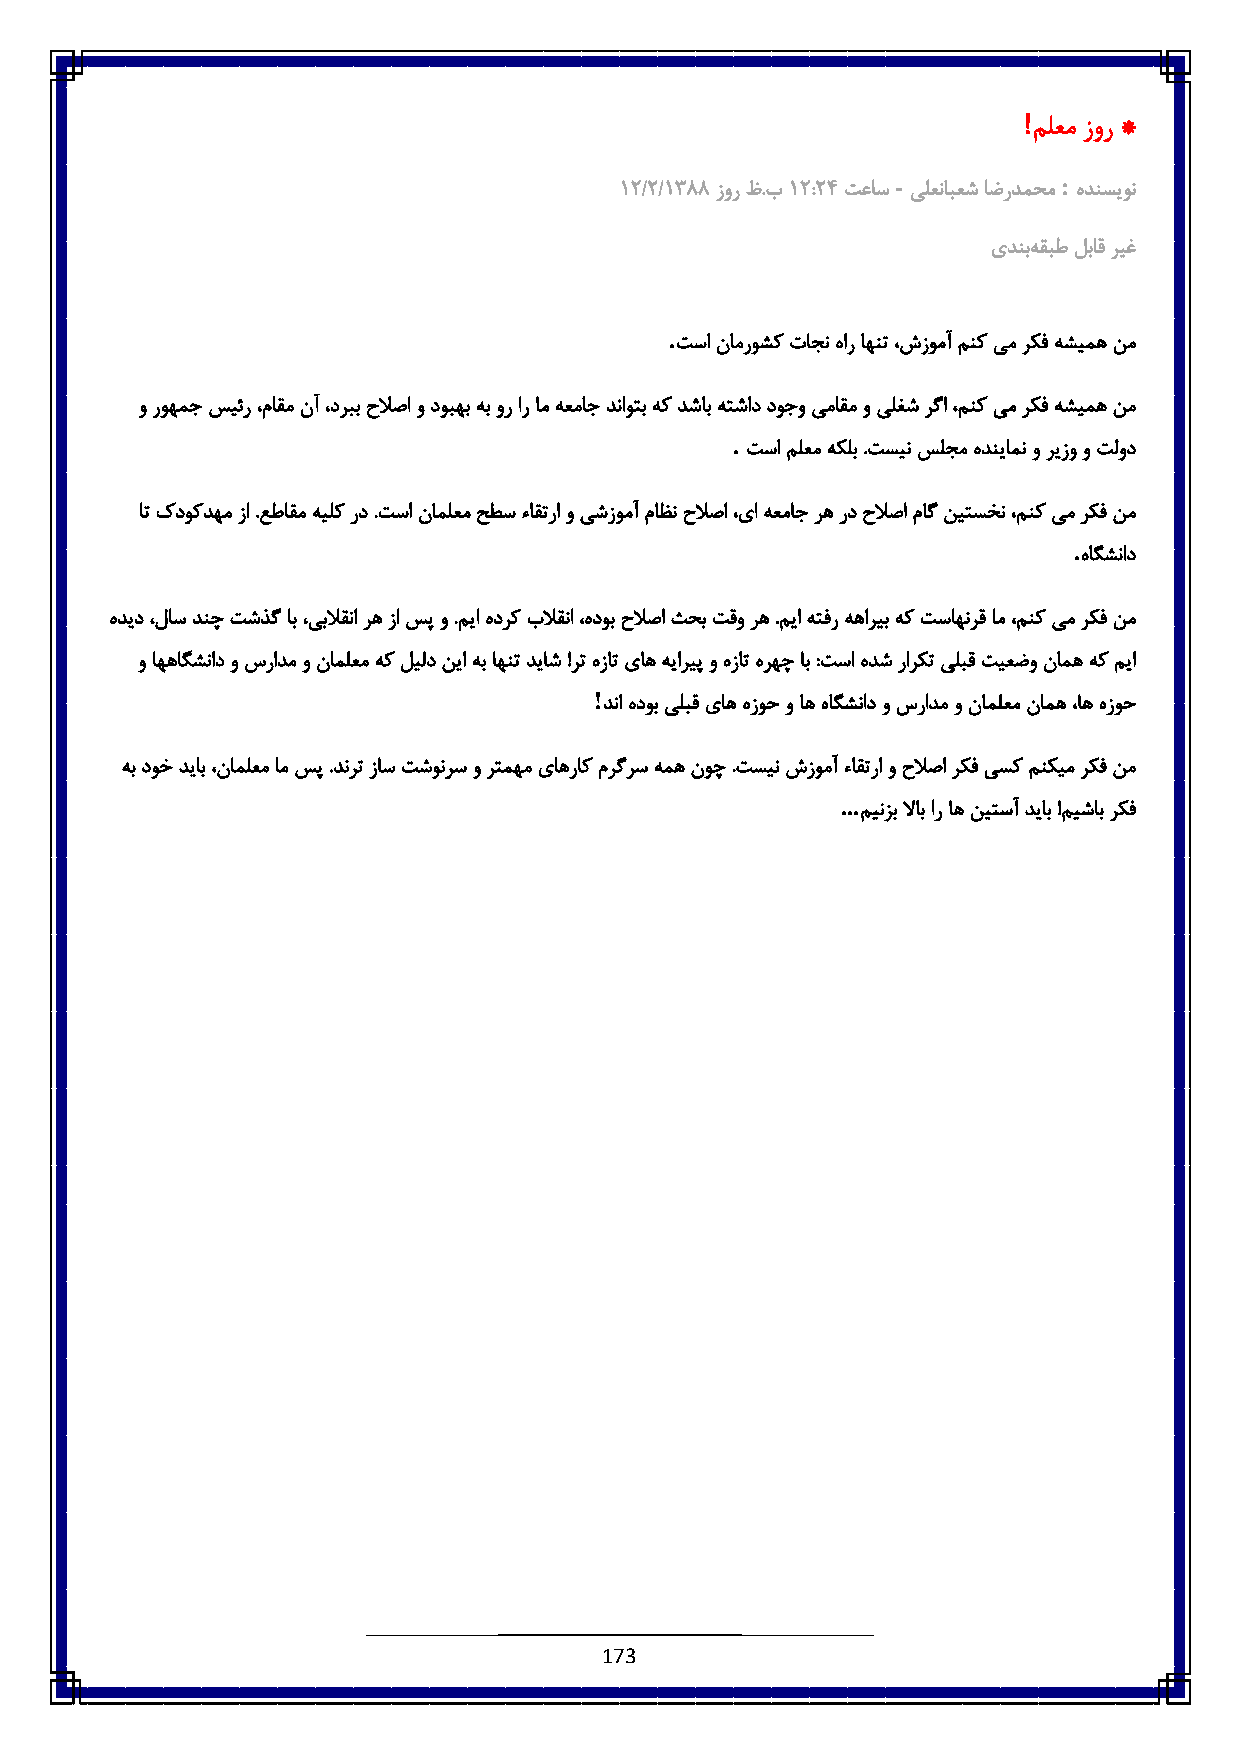
!
 ملعم زور *
 -          :
 6:/:/6833 زور ظ.ب6 :::٠ تعاس یلعنابعش اضردمحم هدنسیون
 یدنبه قبط لباق ریغ
 .
 تسا نامروشک تاجن هار اهنت ،شزومآ منک یم رکف هشیمه نم
 و روهمج سیئر ،ماقم نآ ،دربب حلاصا و دوبهب هب ور ار ام هعماج دناوتب هک دشاب هتشاد دوجو یماقم و یلغش رگا ،منک یم رکف هشیمه نم
 .
 تسا ملعم هکلب .تسین سلجم هدنیامن و ریزو و تلود
 ات کدوکدهم زا .عطاقم هیلک رد .تسا ناملعم حطس ءاقترا و یشزومآ ماظن حلاصا ،یا هعماج ره رد حلاصا ماگ نیتسخن ،منک یم رکف نم
 .
 هاگشناد
 هدید ،لاس دنچ تشذگ اب ،یبلاقنا ره زا سپ و .میا هدرک بلاقنا ،هدوب حلاصا ثحب تقو ره .میا هتفر ههاریب هک تساهنرق ام ،منک یم رکف نم
 و اههاگشناد و سرادم و ناملعم هک لیلد نیا هب اهنت دیاش !رت هزات یاه هیاریپ و هزات هرهچ اب :تسا هدش رارکت یلبق تیعضو نامه هک میا
 !
 دنا هدوب یلبق یاه هزوح و اه هاگشناد و سرادم و ناملعم نامه ،اه هزوح
 هب دوخ دیاب ،ناملعم ام سپ .دنرت زاس تشونرس و رتمهم یاهراک مرگرس همه نوچ .تسین شزومآ ءاقترا و حلاصا رکف یسک منکیم رکف نم
 ...
 مینزب لااب ار اه نیتسآ دیاب !میشاب رکف
 173